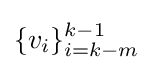
\{v_{i}\}_{i=k-m}^{k-1}